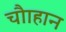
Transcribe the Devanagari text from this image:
चौाहान